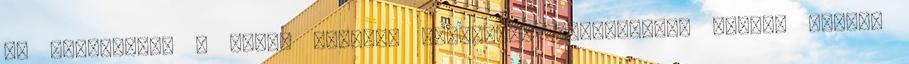
be GAMEPOD.hu - játék fórumok Digitális fényképezés Hűtés, házak,